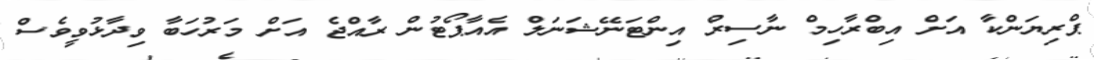
ޕްރިޔަންކާ އަށް އިބްރާހިމް ނާސިރް އިންޓަނޭޝަނަލް އެއާޕޯޓުން ރާއްޖެ އަށް މަރުހަބާ ވިދާޅުވީވެސް